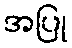
အပြု